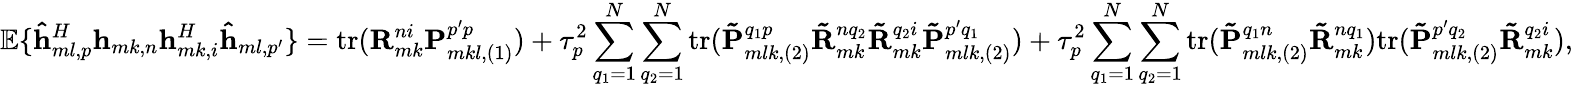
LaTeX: \mathbb{E}\{ \mathbf{\hat{h}}_{ml,p}^{H}\mathbf{h}_{mk,n}\mathbf{h}_{mk,i}^{H}\mathbf{\hat{h}}_{ml,p^{\prime}}\} =\mathrm{tr}(\mathbf{R}_{mk}^{ni}\mathbf{P}_{mkl,\left(1\right)}^{p^{\prime}p})+\tau_{p}^{2}\sum_{q_{1}=1}^{N}{\sum_{q_{2}=1}^{N}{\mathrm{tr}(\mathbf{\tilde{P}}_{mlk,\left(2\right)}^{q_{1}p}\mathbf{\tilde{R}}_{mk}^{nq_{2}}\mathbf{\tilde{R}}_{mk}^{q_{2}i}\mathbf{\tilde{P}}_{mlk,\left(2\right)}^{p^{\prime}q_{1}})}}+\tau_{p}^{2}\sum_{q_{1}=1}^{N}{\sum_{q_{2}=1}^{N}{\mathrm{tr}(\mathbf{\tilde{P}}_{mlk,\left(2\right)}^{q_{1}n}\mathbf{\tilde{R}}_{mk}^{nq_{1}})\mathrm{tr}(\mathbf{\tilde{P}}_{mlk,\left(2\right)}^{p^{\prime}q_{2}}\mathbf{\tilde{R}}_{mk}^{q_{2}i})}},